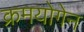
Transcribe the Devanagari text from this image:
क्रमयोगेन